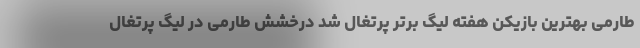
طارمی بهترین بازیکن هفته لیگ برتر پرتغال شد درخشش طارمی در لیگ پرتغال